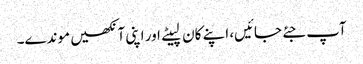
آپ جئے جائیں، اپنے کان لپیٹے اور اپنی آنکھیں موندے۔